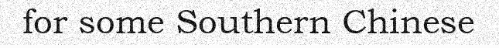
for some Southern Chinese